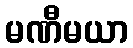
မဏီမယာ